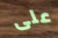
على